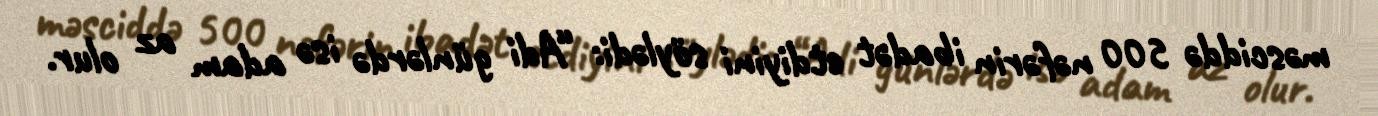
məsciddə 500 nəfərin ibadət etdiyini söylədi: “Adi günlərdə isə adam az olur.